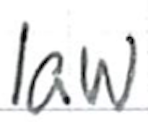
Text: law
Cross-out: clean
Writing tool: ballpoint